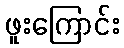
ဖူးကြောင်း